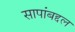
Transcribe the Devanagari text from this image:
सापांबद्दल